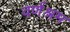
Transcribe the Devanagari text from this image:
वर्णश्रम